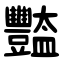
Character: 豓